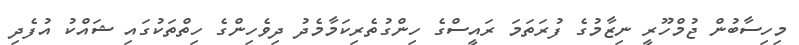
މިހިސާބުން ޖުމްހޫރީ ނިޒާމުގެ ފުރަތަމަ ރައީސްގެ ހިންގުތެރިކަމާމެދު ދިވެހިންގެ ހިތްތަކުގައި ޝައްކު އުފެދި